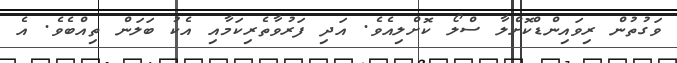
ވަގުތުން ރިވައިންޑްކޮށްލާ ސްލޯ ކޮށްލިއެވެ. އަދި ފަރުވާތެރިކަމާއި އެކު ބަލަން ތިއްބެވެ. އެ